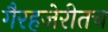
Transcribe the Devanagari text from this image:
गैरहजेरीतच